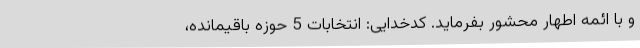
و با ائمه اطهار محشور بفرماید. کدخدایی: انتخابات 5 حوزه باقیمانده،